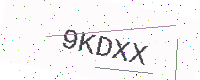
Text: 9KDXX